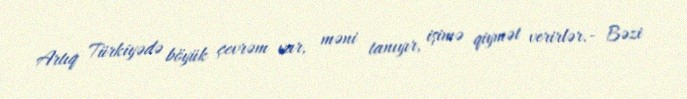
Artıq Türkiyədə böyük çevrəm var, məni tanıyır, işimə qiymət verirlər.- Bəzi